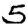
Digit: 5